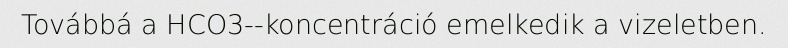
Továbbá a HCO3--koncentráció emelkedik a vizeletben.